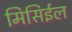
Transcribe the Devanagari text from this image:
मिसिईल